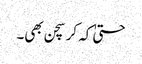
حتیٰ کہ کرسچن بھی۔